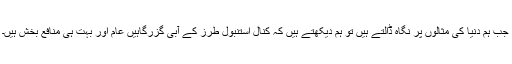
جب ہم دنیا کی مثالوں پر نگاہ ڈالتے ہیں تو ہم دیکھتے ہیں کہ کنال استنبول طرز کے آبی گزرگاہیں عام اور بہت ہی منافع بخش ہیں۔